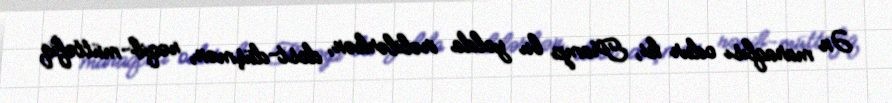
Ən maraqlısı odur ki, Tramp bu yolda irəlilərkən, dost-düşmən, rəqib-müttəfiq